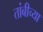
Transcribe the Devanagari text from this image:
तांबीच्या